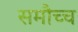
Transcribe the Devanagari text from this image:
समौच्च